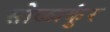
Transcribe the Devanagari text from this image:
सोळाकुंर